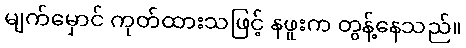
မျက်မှောင် ကုတ်ထားသဖြင့် နဖူးက တွန့်နေသည်။